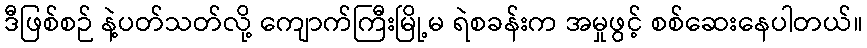
ဒီဖြစ်စဉ် နဲ့ပတ်သတ်လို့ ကျောက်ကြီးမြို့မ ရဲစခန်းက အမှုဖွင့် စစ်ဆေးနေပါတယ်။